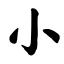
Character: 小